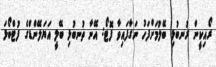
ރޯއިކީން ރުނބުޅި ބޭލުމަށްފަހު ނަގާފައިވާ ފޮޓޯ: އޭނާ ތުނބުޅި ބޭލީ އަޔަލޭންޑްގެ ފުޓްބޯޅަ